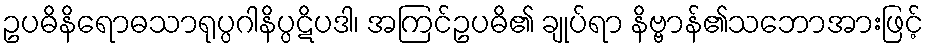
ဥပဓိနိရောဓသာရုပ္ပဂါနိပ္ပဋိပဒါ၊ အကြင်ဥပဓိ၏ ချုပ်ရာ နိဗ္ဗာန်၏သဘောအားဖြင့်